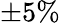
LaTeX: \pm 5\%